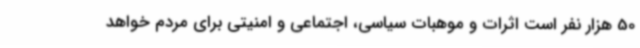
50 هزار نفر است اثرات و موهبات سیاسی، اجتماعی و امنیتی برای مردم خواهد